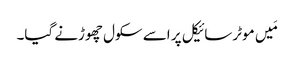
مَیں موٹرسائیکل پر اسے سکول چھوڑنے گیا۔